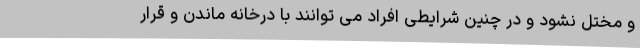
و مختل نشود و در چنین شرایطی افراد می توانند با درخانه ماندن و قرار